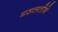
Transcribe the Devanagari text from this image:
मसलतीने